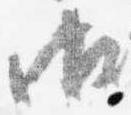
御